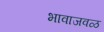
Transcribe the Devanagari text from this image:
भावाजवळ